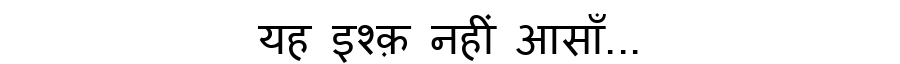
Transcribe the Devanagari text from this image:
यह इश्क़ नहीं आसाँ...